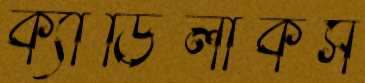
ক্যাডিলাকস